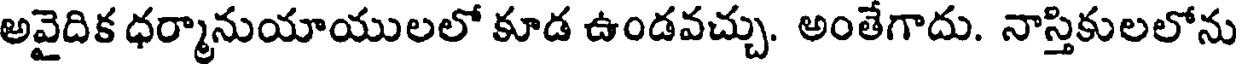
అవైదిక ధర్మానుయాయులలో కూడ ఉండవచ్చు. అంతేగాదు. నాస్తికులలోను